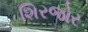
શિરજોર